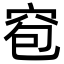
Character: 窇